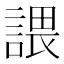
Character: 𧪏